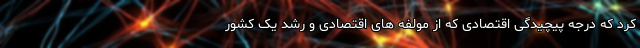
کرد که درجه پیچیدگی‌ اقتصادی که از مولفه های اقتصادی و رشد یک کشور